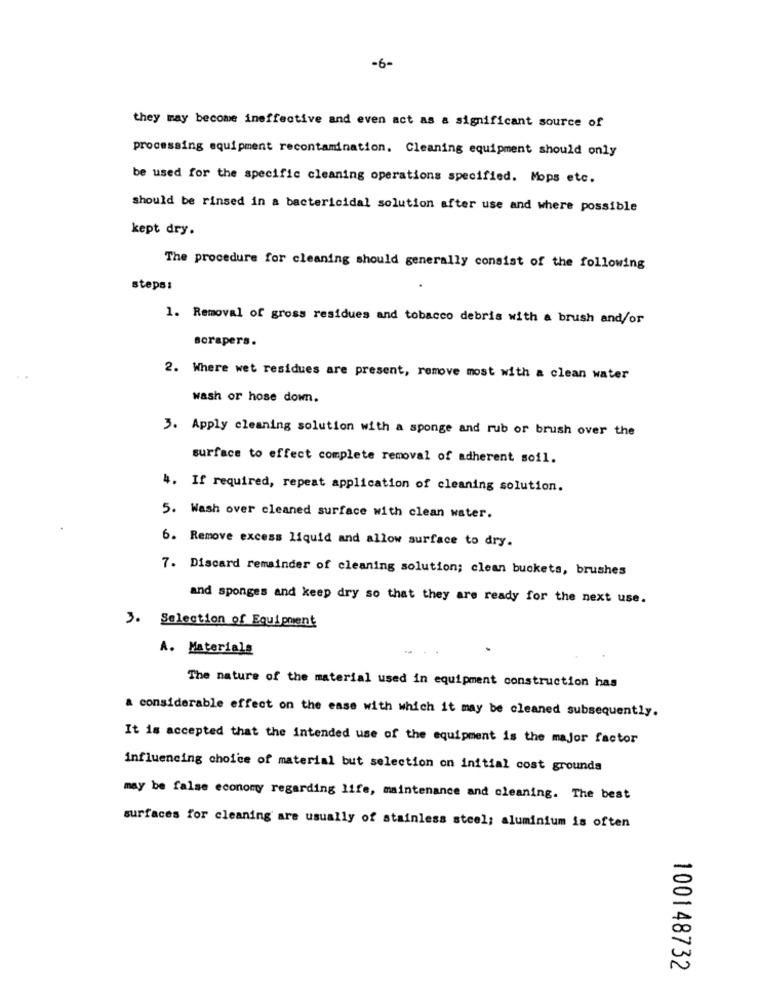
-6-
they may become ineffective and even act as a significant source of
processing equipment recontamination. Cleaning equipment should only
be used for the specific cleaning operations specified. Mops etc.
should be rinsed in a bactericidal solution after use and where possible
kept dry.
The procedure for cleaning should generally consist of the following
steps:
1. Removal of gross residues and tobacco debris with a brush and/or
scrapers.
2. Where wet residues are present, remove most with a clean water
wash or hose down.
3. Apply cleaning solution with a sponge and rub or brush over the
surface to effect complete removal of adherent soil.
4. If required, repeat application of cleaning solution.
5. Wash over cleaned surface with clean water.
6. Remove excess liquid and allow surface to dry.
7. Discard remainder of cleaning solution; clean buckets, brushes
and sponges and keep dry so that they are ready for the next use.
J. Selection of Equipment
A. Materials
The nature of the material used in equipment construction has
a considerable effect on the ease with which it may be cleaned subsequently.
It is accepted that the intended use of the equipment is the major factor
influencing choice of material but selection on initial cost grounds
may be false economy regarding life, maintenance and cleaning. The best
surfaces for cleaning are usually of stainless steel; aluminium is often
100148732